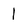
Character: l